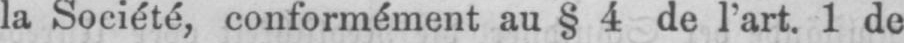
la Société, conformément au §4 de l’art. 1 de